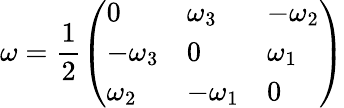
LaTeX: \omega=\frac{1}{2}\left(\begin{array}{lll}{0}&{\omega_{3}}&{-\omega_{2}}\\ {-\omega_{3}}&{0}&{\omega_{1}}\\ {\omega_{2}}&{-\omega_{1}}&{0}\end{array}\right)